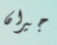
جيران